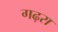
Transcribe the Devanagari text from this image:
गढ़रा